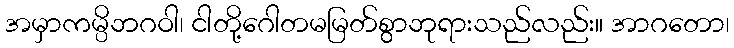
အမှာကမ္ပိဘဂဝါ၊ ငါတို့ဂေါတမမြတ်စွာဘုရားသည်လည်း။ အာဂတော၊